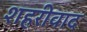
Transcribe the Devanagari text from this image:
शहरीवाद